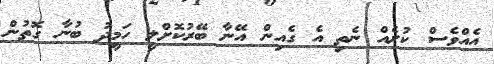
އެއްވެސް ކުށެއް ނެތި އެ ގެއިން އޭނާ ބޭރުކޮށްލީ ހަމީދު ބުނާ ގޮތުން